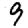
Digit: 9